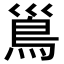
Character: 𩾣